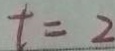
t = 2